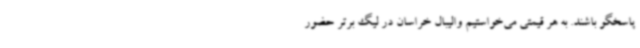
پاسخگو باشند. به هر قیمتی می‌خواستیم والیبال خراسان در لیگ برتر حضور